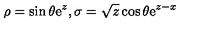
\rho = { \sin \theta } \mathrm { e } ^ { z } , \sigma = { \sqrt { z } } \cos \theta \mathrm { e } ^ { z - x }